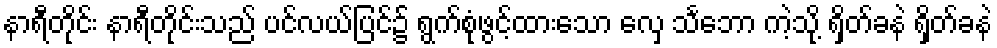
နာရီတိုင်း နာရီတိုင်းသည် ပင်လယ်ပြင်၌ ရွက်စုံဖွင့်ထားသော လှေ သင်္ဘော ကဲ့သို့ ရှိတ်ခနဲ ရှိတ်ခနဲ